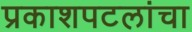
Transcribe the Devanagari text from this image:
प्रकाशपटलांचा